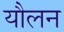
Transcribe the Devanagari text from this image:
यौलन